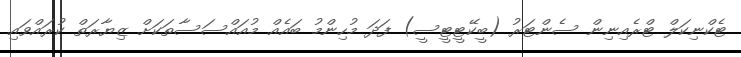
ޓެކްނިކަލް ޓްރެއިނިން ސެންޓަރު (ބީކޭޓީޓީސީ) ފަދަ މުހިންމު ބައެއް މުއައްސަސާތަކަށް ޒިޔާރަތް ކުރައްވައި